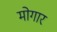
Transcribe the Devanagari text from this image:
मोगार